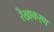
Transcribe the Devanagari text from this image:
रेखाकरण